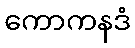
ကောကနဒံ